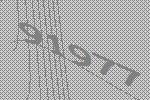
91977